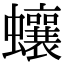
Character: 蠰